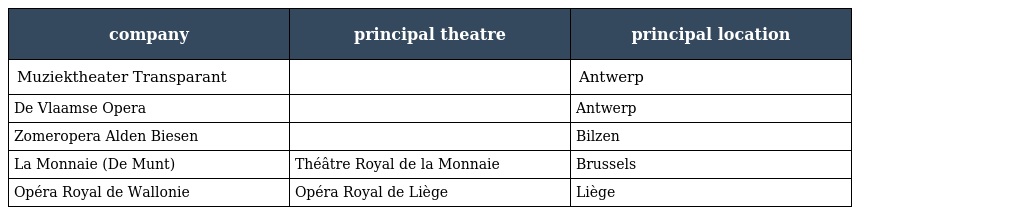
| company | principal theatre | principal location |
 | --- | --- | --- |
 | Muziektheater Transparant |  | Antwerp |
 | De Vlaamse Opera |  | Antwerp |
 | Zomeropera Alden Biesen |  | Bilzen |
 | La Monnaie (De Munt) | Théâtre Royal de la Monnaie | Brussels |
 | Opéra Royal de Wallonie | Opéra Royal de Liège | Liège |